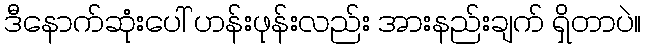
ဒီနောက်ဆုံးပေါ် ဟန်းဖုန်းလည်း အားနည်းချက် ရှိတာပဲ။